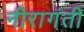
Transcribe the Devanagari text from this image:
नीरागंती